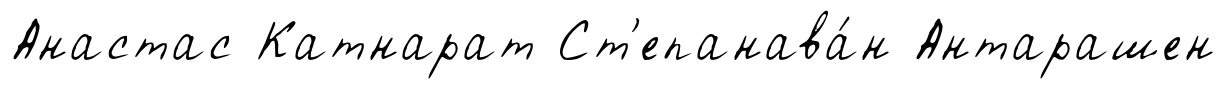
Анастас Катнарат Ст'епанава́н Антарашен